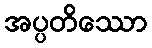
အပ္ပတိဿော